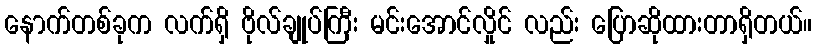
နောက်တစ်ခုက လက်ရှိ ဗိုလ်ချုပ်ကြီး မင်းအောင်လှိုင် လည်း ပြောဆိုထားတာရှိတယ်။